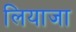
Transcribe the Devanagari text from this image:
लियाजा